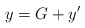
\begin{align*}y = G + y' \end{align*}